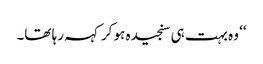
‘‘ وہ بہت ہی سنجیدہ ہو کر کہہ رہا تھا۔